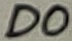
Text: D0